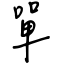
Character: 單